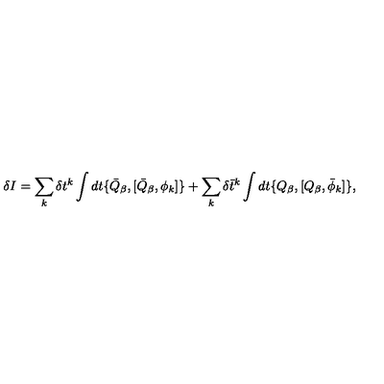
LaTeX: \delta I = \sum _ { k } \delta t ^ { k } \int d t \{ \bar { Q } _ { \beta } , [ \bar { Q } _ { \beta } , \phi _ { k } ] \} + \sum _ { k } \delta \bar { t } ^ { k } \int d t \{ Q _ { \beta } , [ Q _ { \beta } , \bar { \phi } _ { k } ] \} ,